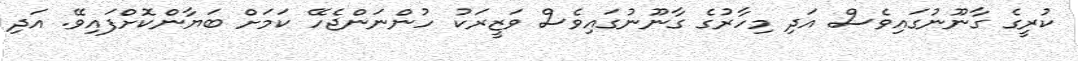
ކުރީގެ ގާނޫނުގައިވެސް އަދި މިހާރުގެ ގާނޫނުގައިވެސް ވަޒީރަކު ހުންނަންޖެހޭ ކަމަށް ބަޔާންކޮށްފައިވޭ. އަދި